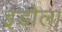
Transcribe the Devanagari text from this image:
इडोला